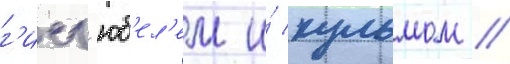
г'исг'юб'ел'ем и́ кульмом //